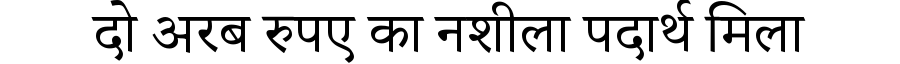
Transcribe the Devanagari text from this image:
दो अरब रुपए का नशीला पदार्थ मिला